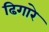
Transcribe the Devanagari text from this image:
ढिगारे